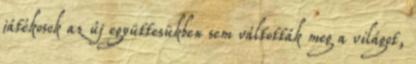
játékosok az új együttesükben sem váltották meg a világot,